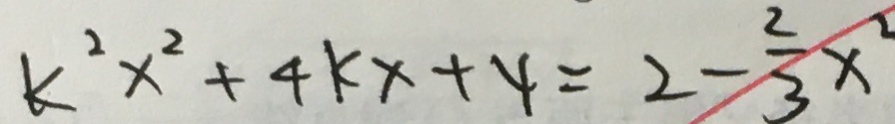
k ^ { 2 } x ^ { 2 } + 4 k x + 4 = 2 - \frac { 2 } { 3 } x ^ { 2 }